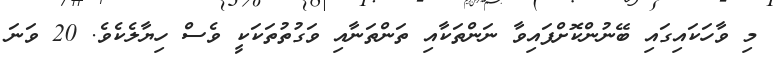
މި ވާހަކައިގައި ބޭނުންކޮށްފައިވާ ނަންތަކާއި ތަންތަނާއި ވަގުތުތަކަކީ ވެސް ހިޔާލެކެވެ. 20 ވަނަ